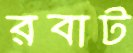
রবাট